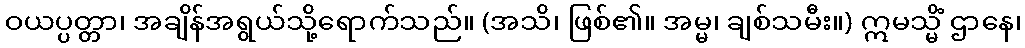
ဝယပ္ပတ္တာ၊ အချိန်အရွယ်သို့ရောက်သည်။ (အသိ၊ ဖြစ်၏။ အမ္မ၊ ချစ်သမီး။) ဣမသ္မိံ ဌာနေ၊